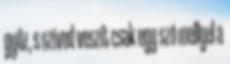
győz, s szíved veszít csak egy szó mellyel a